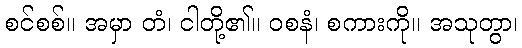
စင်စစ်။ အမှာ တံ၊ ငါတို့၏။ ဝစနံ၊ စကားကို။ အသုတွာ၊